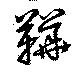
靴